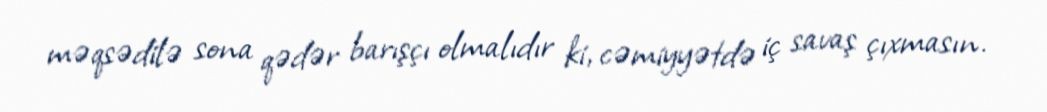
məqsədilə sona qədər barışçı olmalıdır ki, cəmiyyətdə iç savaş çıxmasın.